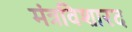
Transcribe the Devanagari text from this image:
मंत्रविशारद